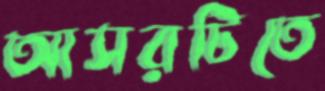
আসরটিতে